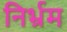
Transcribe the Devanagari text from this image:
निर्भ्रम